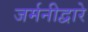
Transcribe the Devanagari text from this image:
जर्मनीद्वारे